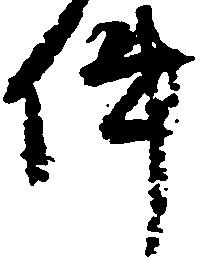
件